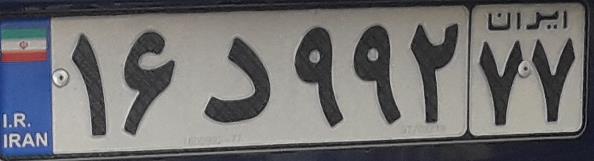
۱۶د۹۹۲۷۷